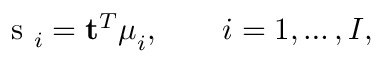
\mathrm { ~ s ~ } _ { i } = \mathbf { t } ^ { T } \boldsymbol { \mu } _ { i } , \qquad i = 1 , \ldots , I ,